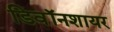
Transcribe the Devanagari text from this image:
डिवॉनशायर